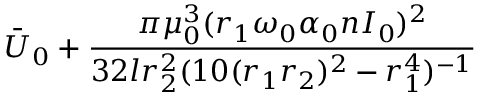
\bar { U } _ { 0 } + \frac { \pi \mu _ { 0 } ^ { 3 } ( r _ { 1 } \omega _ { 0 } \alpha _ { 0 } n I _ { 0 } ) ^ { 2 } } { 3 2 l r _ { 2 } ^ { 2 } ( 1 0 ( r _ { 1 } r _ { 2 } ) ^ { 2 } - r _ { 1 } ^ { 4 } ) ^ { - 1 } }